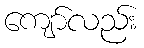
ကျော်လည်း